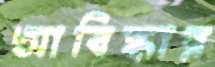
আবিষ্কার